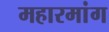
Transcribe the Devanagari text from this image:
महारमांग